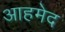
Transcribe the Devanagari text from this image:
आहमेद